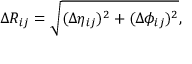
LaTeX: \Delta R _ { i j } = \sqrt { ( \Delta \eta _ { i j } ) ^ { 2 } + ( \Delta \phi _ { i j } ) ^ { 2 } } ,